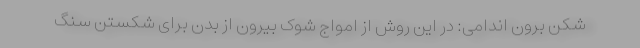
شکن برون اندامی: در این روش از امواج شوک بیرون از بدن برای شکستن سنگ